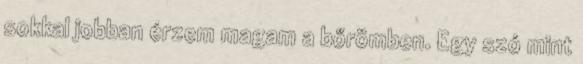
sokkal jobban érzem magam a bőrömben. Egy szó mint